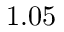
1 . 0 5